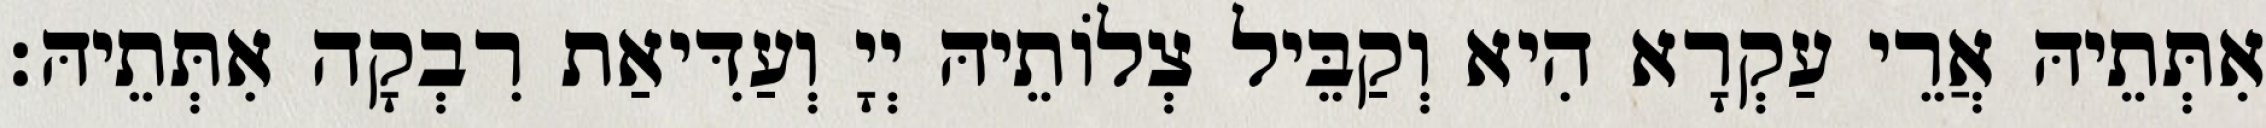
אִתְּתֵיהּ אֲרֵי עַקְרָא הִיא וְקַבֵּיל צְלוֹתֵיהּ יְיָ וְעַדִּיאַת רִבְקָה אִתְּתֵיהּ׃